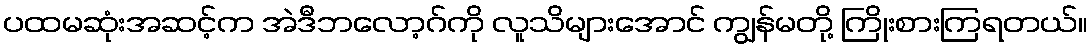
ပထမဆုံးအဆင့်က အဲဒီဘလော့ဂ်ကို လူသိများအောင် ကျွန်မတို့ ကြိုးစားကြရတယ်။